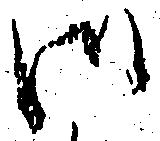
御